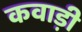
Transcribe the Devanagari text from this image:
कवाड़ी